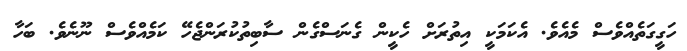
ހަގީގަތެއްވެސް މެއެވެ. އެކަމަކީ އިތުރަށް ހެކީން ގެނަސްގެން ސާބިތުކުރަންޖެހޭ ކަމެއްވެސް ނޫނެވެ. ބަހާ